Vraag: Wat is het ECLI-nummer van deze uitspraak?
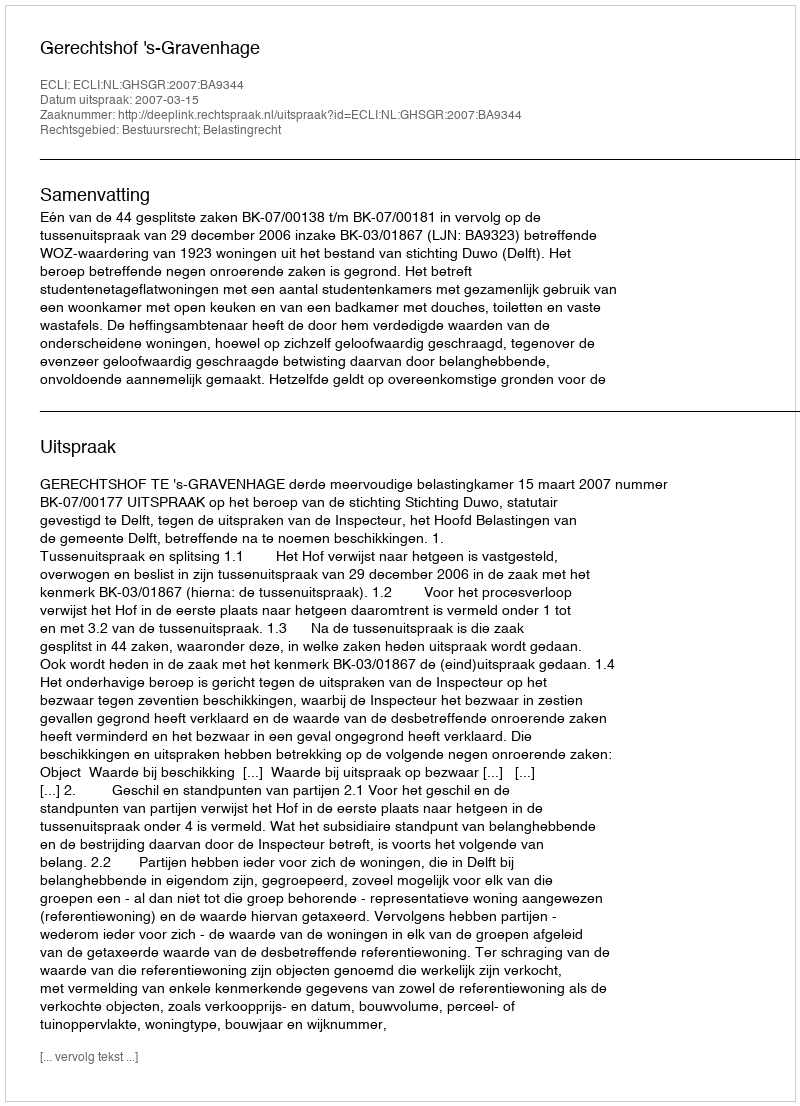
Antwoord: ECLI:NL:GHSGR:2007:BA9344